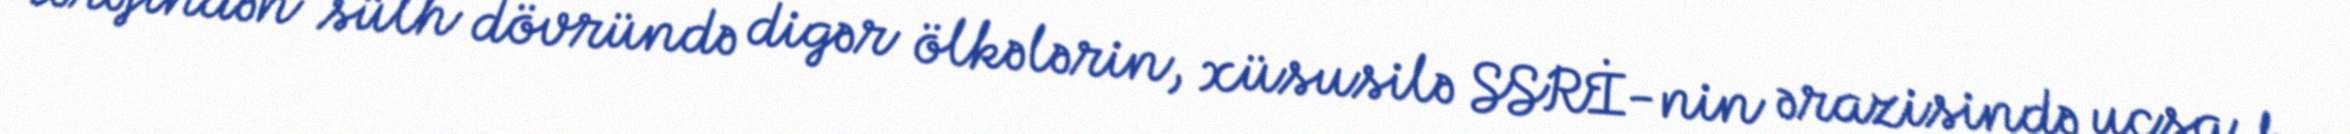
tərəfindən sülh dövründə digər ölkələrin, xüsusilə SSRİ-nin ərazisində uçsa, bu